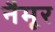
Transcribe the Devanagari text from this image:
नैमूर